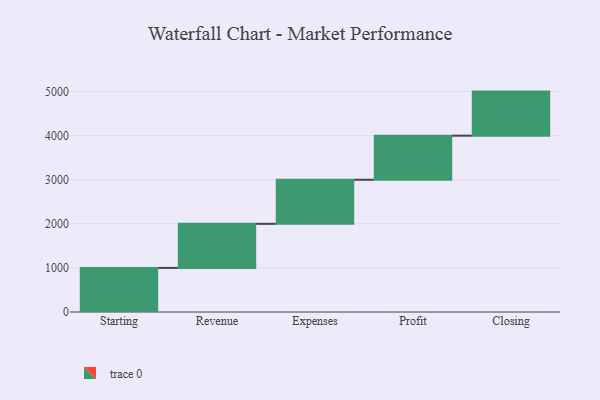
{"axis": {"x": "Step", "y": "Value"}, "legend": [""], "data": [{"x": "Starting", "y": 1000, "type": ""}, {"x": "Revenue", "y": 1000, "type": ""}, {"x": "Expenses", "y": 1000, "type": ""}, {"x": "Profit", "y": 1000, "type": ""}, {"x": "Closing", "y": 1000, "type": ""}]}